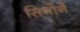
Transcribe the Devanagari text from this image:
सिगोर्ने